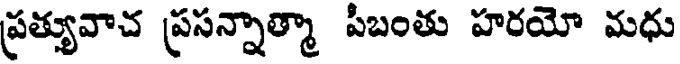
ప్రత్యువాచ ప్రసన్నాత్మా పీబంతు హరయో మధు